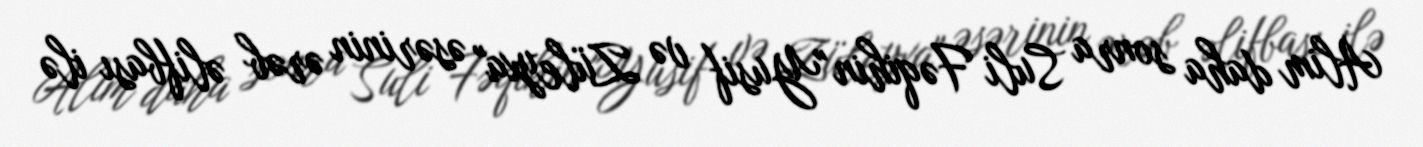
Alim daha sonra Suli Fəqihin "Yusif və Züleyxa" əsərinin ərəb əlifbası ilə